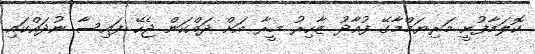
ކޮލަމާފުށީ މަރިޔަމްމާގޭ ފުއާދު ޒާހިރު މީރާ އަށް ދައްކަން ޖެހޭ ފައިސާ ނުދައްކައި